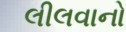
લીલવાનો